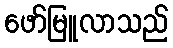
ဖော်မြူလာသည်